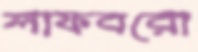
লাফবরো